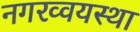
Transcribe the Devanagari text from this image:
नगरव्वयस्था